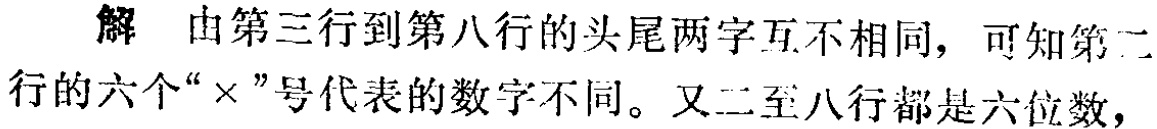
解 由第三行到第八行的头尾两字互不相同，可知第二行的六个“×”号代表的数字不同。又二至八行都是六位数，